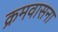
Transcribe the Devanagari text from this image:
क्रमवासना